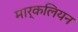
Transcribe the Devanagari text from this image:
मार्कलियन